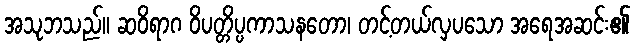
အသုဘသည်။ ဆဝိရာဂ ဝိပတ္တိပ္ပကာသနတော၊ တင့်တယ်လှပသော အရေအဆင်း၏